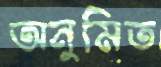
অনুমিত